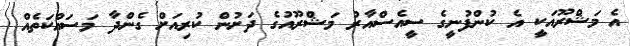
އެ މަޝްރޫއަކީ އެ ކުންފުނީގެ ސީއެސްއާރު މަޝްރޫއުގެ ދަށުން ކުރިއަށް ގެންދާ މަސައްކަތެއް